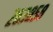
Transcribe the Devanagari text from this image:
२६३८५८